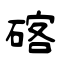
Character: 碦